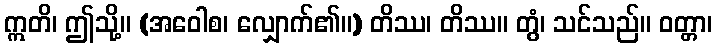
ဣတိ၊ ဤသို့။ (အဝေါစ၊ လျှောက်၏။) တိဿ၊ တိဿ။ တွံ၊ သင်သည်။ ဝတ္တာ၊